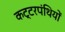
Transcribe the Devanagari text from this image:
कट्‍टरपंथियों